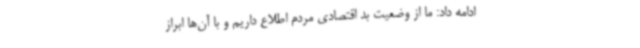
ادامه داد: ما از وضعیت بد اقتصادی مردم اطلاع داریم و با آن‌ها ابراز